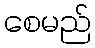
စေမည်